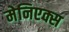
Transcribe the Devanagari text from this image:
मेनिएक्स